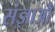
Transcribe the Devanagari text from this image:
संज्ञाओँ